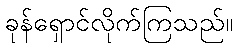
ခုန်ရှောင်လိုက်ကြသည်။